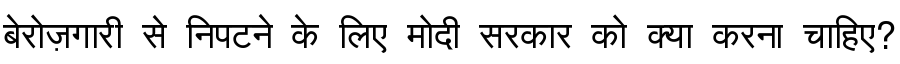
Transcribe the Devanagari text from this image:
बेरोज़गारी से निपटने के लिए मोदी सरकार को क्या करना चाहिए?